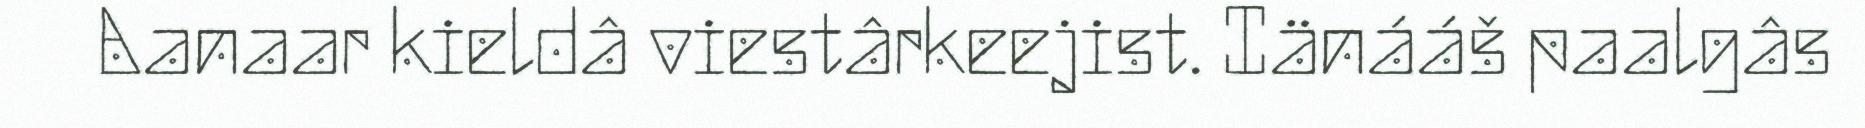
Aanaar kieldâ viestârkeejist. Iänááš paalgâs